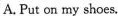
A. Put on my shoes.